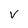
Character: v